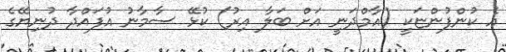
އެ ކުންފުންޏަކީ (އާމްދަނީ އަށް ބަލާ އިރު) ކުޅޭ ސާމާނު އުފައްދާ ދުނިޔޭގެ